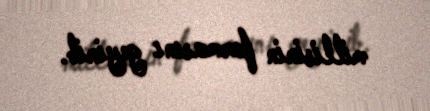
millisinin formasını geyinib.